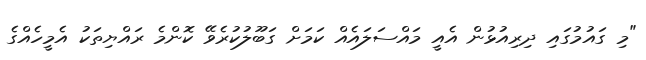
"މި ގައުމުގައި ދިރިއުޅުން އެއީ މައްސަލައެއް ކަމަށް ގަބޫލުކުރެވޭ ކޮންމެ ރައްޔިތަކު އެމީހެއްގެ